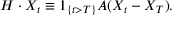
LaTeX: H \cdot X _ { t } \equiv 1 _ { \{ t > T \} } A ( X _ { t } - X _ { T } ) .